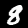
Label: 8